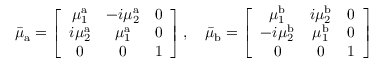
\bar { \mu } _ { \mathrm { a } } = \left[ \begin{array} { c c c } { \mu _ { 1 } ^ { \mathrm { a } } } & { - i \mu _ { 2 } ^ { \mathrm { a } } } & { 0 } \\ { i \mu _ { 2 } ^ { \mathrm { a } } } & { \mu _ { 1 } ^ { \mathrm { a } } } & { 0 } \\ { 0 } & { 0 } & { 1 } \end{array} \right] , \quad \bar { \mu } _ { \mathrm { b } } = \left[ \begin{array} { c c c } { \mu _ { 1 } ^ { \mathrm { b } } } & { i \mu _ { 2 } ^ { \mathrm { b } } } & { 0 } \\ { - i \mu _ { 2 } ^ { \mathrm { b } } } & { \mu _ { 1 } ^ { \mathrm { b } } } & { 0 } \\ { 0 } & { 0 } & { 1 } \end{array} \right]